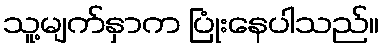
သူ့မျက်နှာက ပြုံးနေပါသည်။